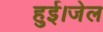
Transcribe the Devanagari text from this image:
हुई।जेल